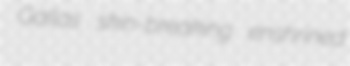
Gallas skin-breaking enshrined